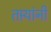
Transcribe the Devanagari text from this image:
तार्‍यांनी